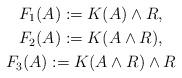
LaTeX: \begin{gather*}F_1(A) := K(A)\wedge R,\\F_2(A) := K(A\wedge R),\\F_3(A) := K(A\wedge R)\wedge R\end{gather*}